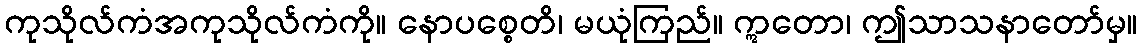
ကုသိုလ်ကံအကုသိုလ်ကံကို။ နောပစ္စေတိ၊ မယုံကြည်။ ဣတော၊ ဤသာသနာတော်မှ။